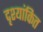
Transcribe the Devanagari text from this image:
दृश्यांकित